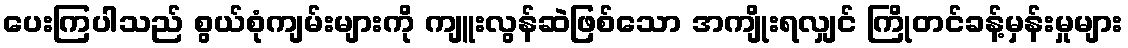
ပေးကြပါသည် စွယ်စုံကျမ်းများကို ကျူးလွန်ဆဲဖြစ်သော အကျိုးရလျှင် ကြိုတင်ခန့်မှန်းမှုများ